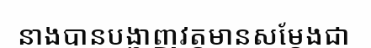
នាងបានបង្ហាញវត្តមានសម្តែងជា